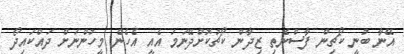
އޭނާ ބުނީ ކޯޗިން ފާސްނެތި ޒިދާން ކޯޗުކޮށްދޭނަމަ އެއީ އެހެން މީހުންނަށް ދައްކައިދޯ